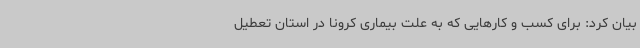
بیان کرد: برای کسب و کارهایی که به علت بیماری کرونا در استان تعطیل